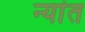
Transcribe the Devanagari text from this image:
न्यांत